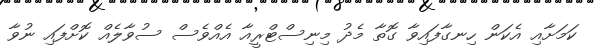
ކަމަށާއި އެކަން ހިނގާފައިވާ ގޮތާ މެދު މިނިސްޓްރީއާ އެއްވެސް ސުވާލެއް ކޮށްފައި ނުވާ